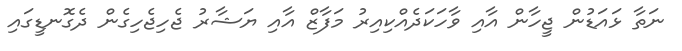
ނަތާ ޅައަޑުން ޖީހާން އާއި ވާހަކަދެއްކިއިރު މަފާޒް އާއި ޔަޝާރު ޖެހިޖެހިގެން ދެގޮނޑީގައި